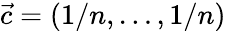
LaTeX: \vec{c}=(1/n,\dots,1/n)